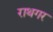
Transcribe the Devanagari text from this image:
राथगर